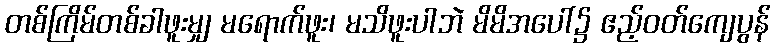
တစ်ကြိမ်တစ်ခါဖူးမျှ မရောက်ဖူး၊ မသိဖူးပါဘဲ မိမိအပေါ်၌ ဧည့်ဝတ်ကျေပွန်